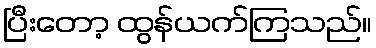
ပြီးတော့ ထွန်ယက်ကြသည်။